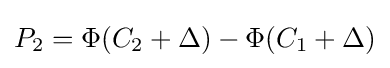
P_{\text{2}}=\Phi (C_{\text{2}}+\Delta )-\Phi (C_{\text{1}}+\Delta )